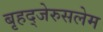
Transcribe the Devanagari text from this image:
बृहद्‌जेरुसलेम